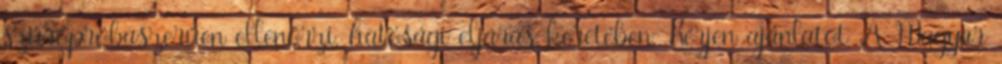
szúrópróbaszerűen ellenőrzi, hatósági eljárás keretében. Kérjen ajánlatot A Ma­gyar